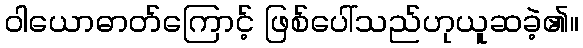
ဝါယောဓာတ်ကြောင့် ဖြစ်ပေါ်သည်ဟုယူဆခဲ့၏။